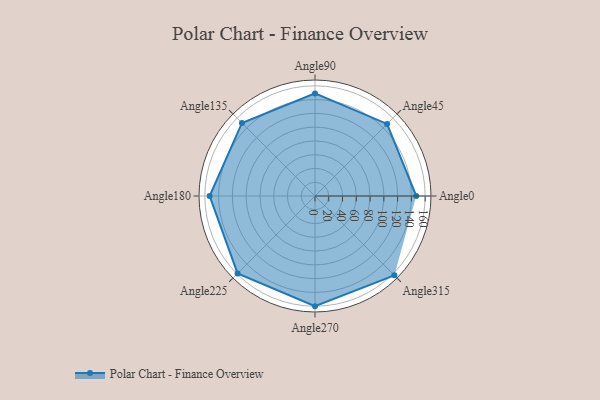
{"axis": {"x": "Angle", "y": "Radius"}, "legend": [""], "data": [{"x": "Angle0", "y": 147.0, "type": ""}, {"x": "Angle45", "y": 148.0, "type": ""}, {"x": "Angle90", "y": 149.0, "type": ""}, {"x": "Angle135", "y": 150.0, "type": ""}, {"x": "Angle180", "y": 153.0, "type": ""}, {"x": "Angle225", "y": 159.0, "type": ""}, {"x": "Angle270", "y": 160.0, "type": ""}, {"x": "Angle315", "y": 163.0, "type": ""}]}